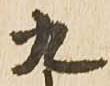
九